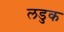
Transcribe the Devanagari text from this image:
लडुक